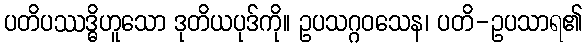
ပတိပဿဒ္ဓိဟူသော ဒုတိယပုဒ်ကို။ ဥပသဂ္ဂဝသေန၊ ပတိ-ဥပသာရ၏